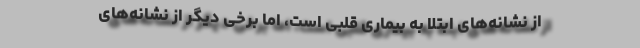
از نشانه‌های ابتلا به بیماری‌ قلبی است، اما برخی دیگر از نشانه‌های